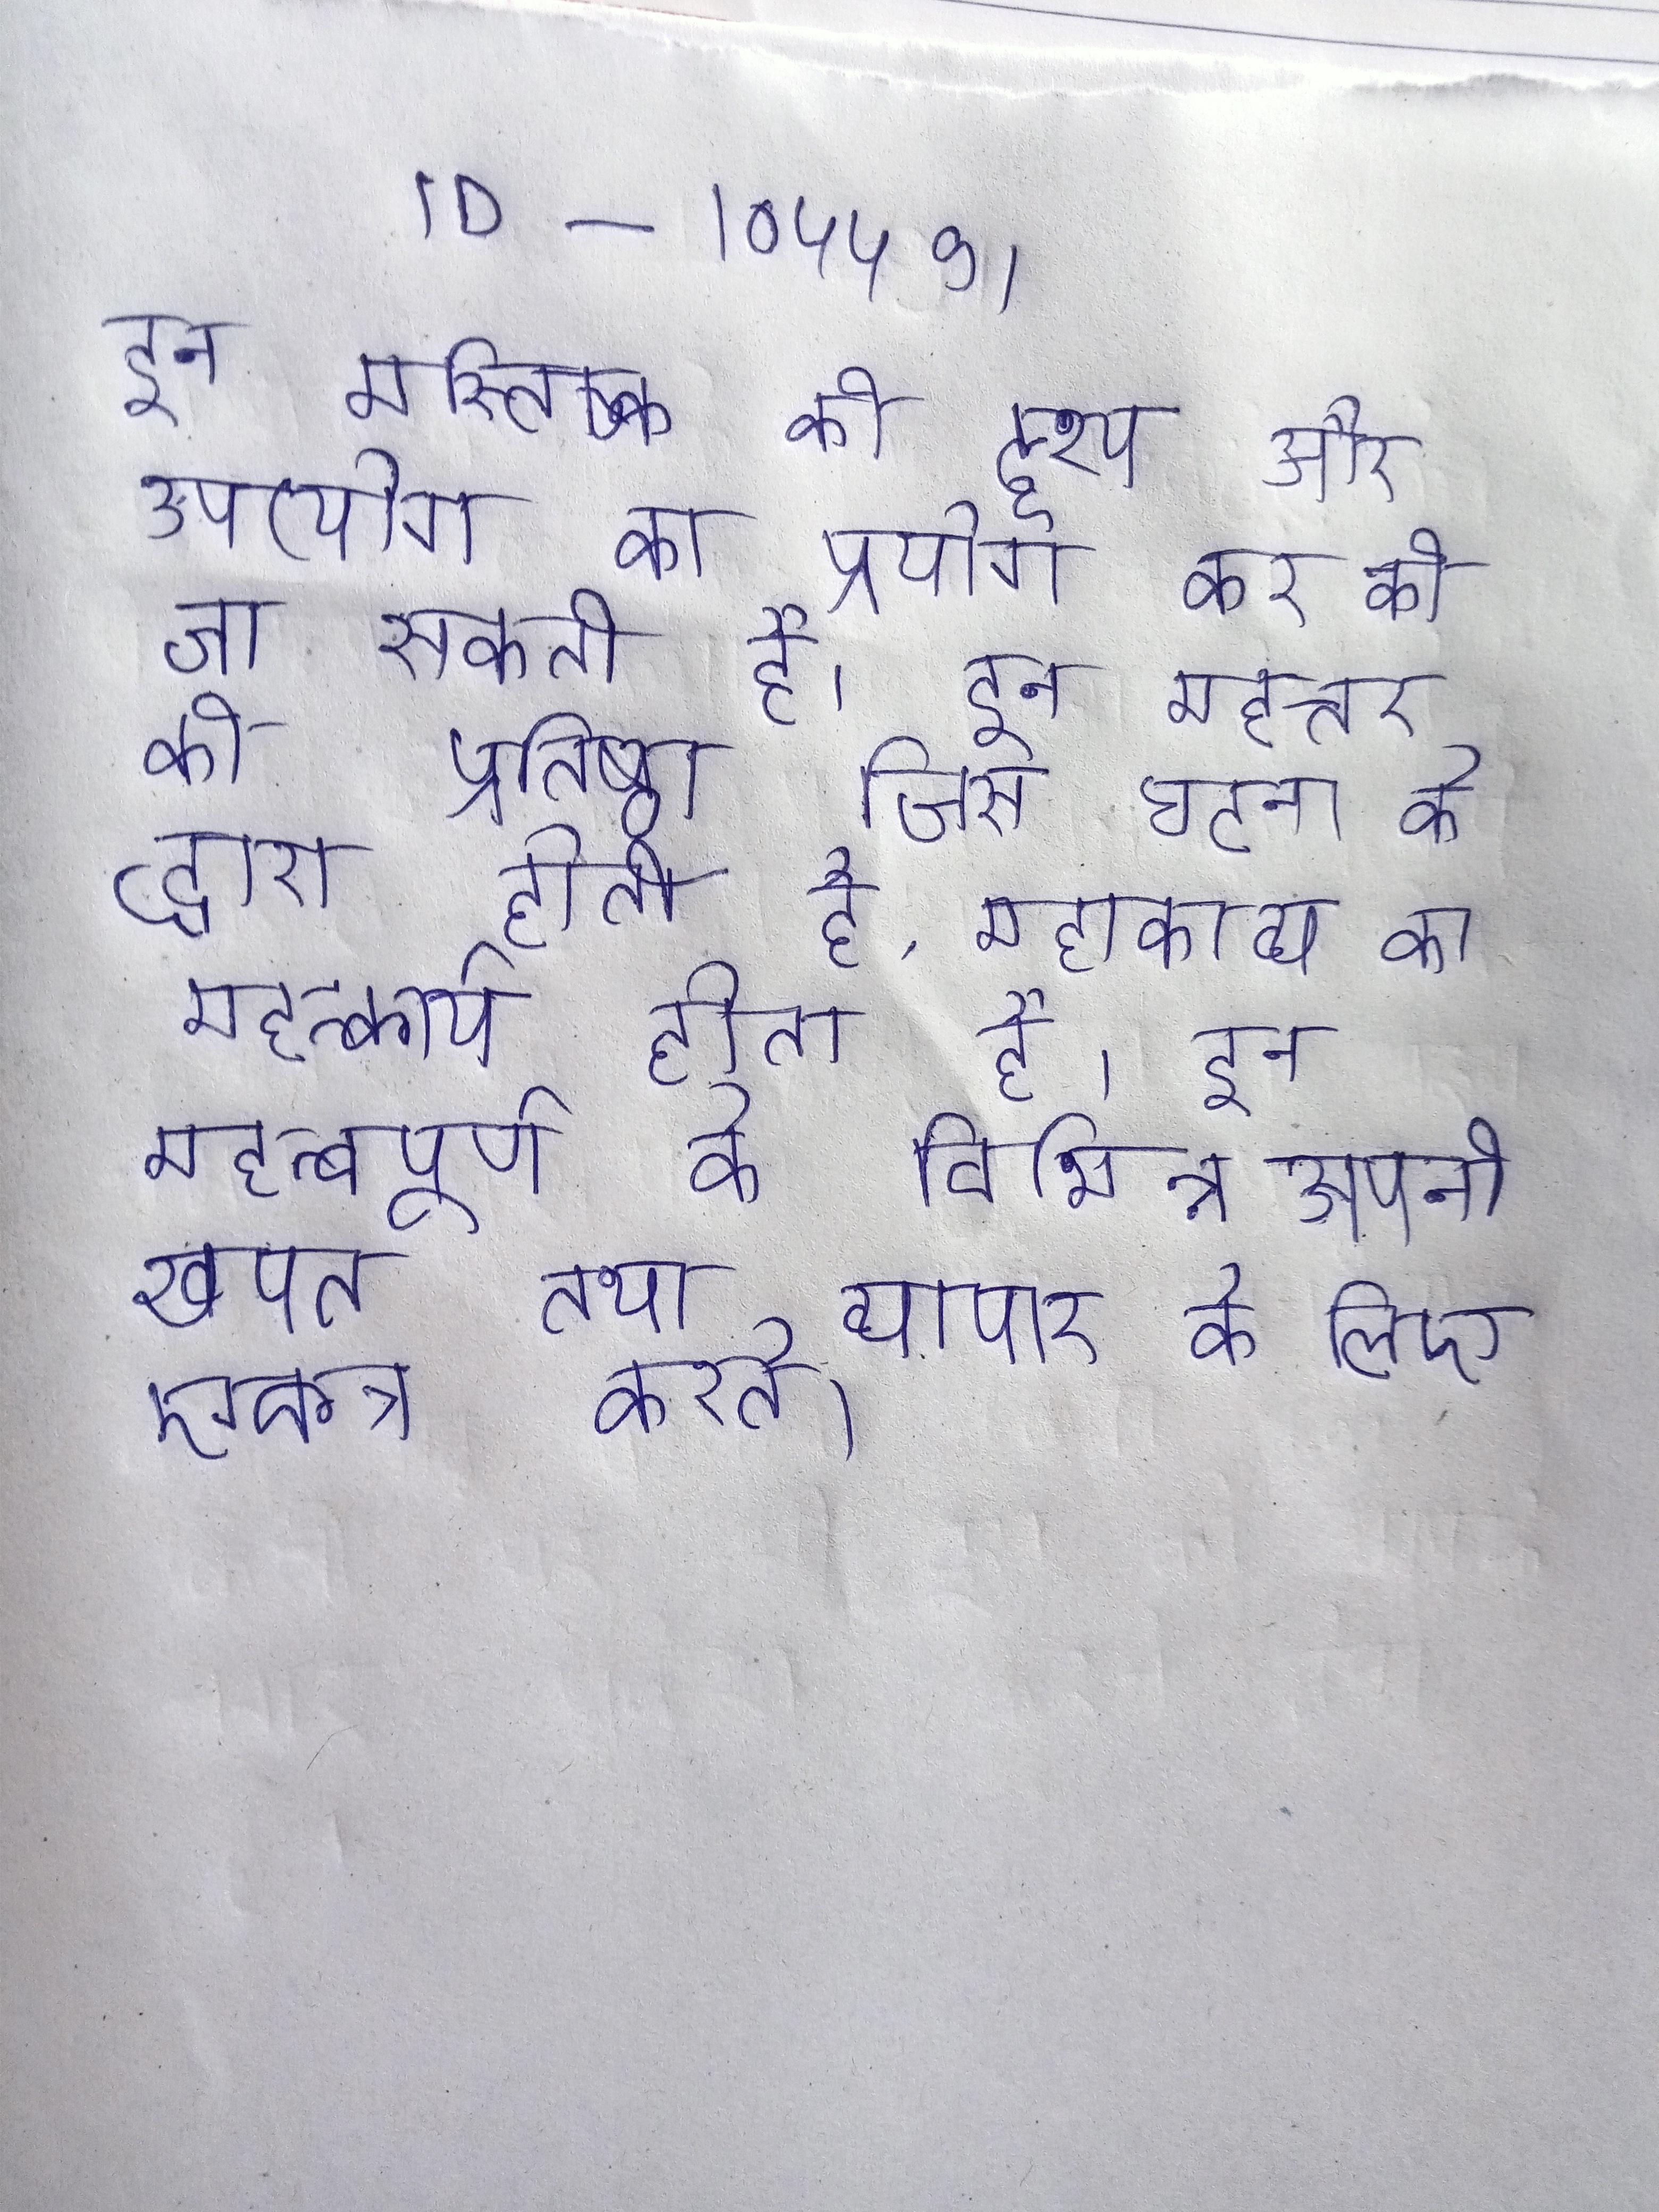
इन मस्तिष्क की दृश्य और उपयोग का प्रयोग कर की जा सकती है । इन महत्तर की प्रतिष्ठा जिस घटना के द्वारा होती है, महाकाव्य का महत्कार्य होता है । इन महत्वपूर्ण के विभिन्न को स्थानीय लोग अपनी खपत तथा व्यापार के लिए एकत्र करते ।